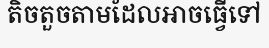
តិចតួចតាមដែលអាចធ្វើទៅ